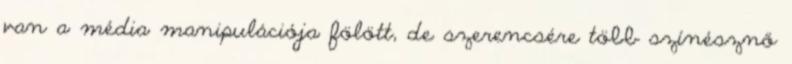
van a média manipulációja fölött, de szerencsére több színésznő